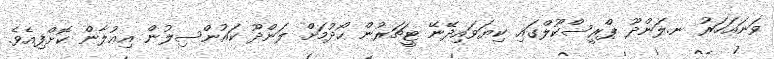
ވަނައަހަރު ނ.ލަންދޫ ޕްރީސްކޫލްގައި ކިޔަވައިދޭނޭ ޓީޗަރުން ހޯދުމަށް ލަންދޫ ކައުންސިލުން އިޢުލާން ކޮށްފިއެވެ.